Investigations on Bengal jail dietaries - Number 37
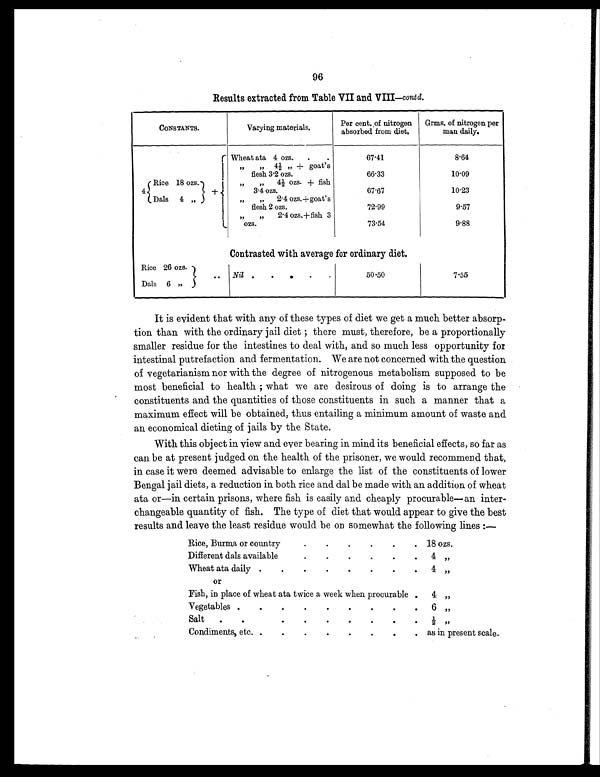
96
Results extracted from Table VII and VIII— contd.
CONSTANTS.
Varying materials.
Per cent. of nitrogen
absorbed from diet.
Grms. of nitrogen per
man daily.
4
+ Wheat ata 4 ozs.
.
.
67.41
8.64
„ „ 4 ½ „ + g o a t ' s
flesh 3.2 ozs.
66.33
10.09
Rice 18 ozs.
„ „ 4½ ozs. + fish
3.4 ozs.
67.67
10.23
Dals 4 „
„ „ 2.4 ozs.+goat's
flesh 2 ozs.
72.99
9.57
„ „ 2.4 ozs.+fish 3
ozs.
73.54
9.88
Contrasted with average for ordinary diet.
Rice 26 ozs.
.. Nil .
.
.
.
.
50.50
7.55
Dals 6 „
It is evident that with any of these types of diet we get a much better absorp-
tion than with the ordinary jail diet ; there must, therefore, be a proportionally
smaller residue for the intestines to deal with, and so much less opportunity for
intestinal putrefaction and fermentation. We are not concerned with the question
of vegetarianism nor with the degree of nitrogenous metabolism supposed to be
most beneficial to health ; what we are desirous of doing is to arrange the
constituents and the quantities of those constituents in such a manner that a
maximum effect will be obtained, thus entailing a minimum amount of waste and
an economical dieting of jails by the State.
With this object in view and ever bearing in mind its beneficial effects, so far as
can be at present judged on the health of the prisoner, we would recommend that,
in case it were deemed advisable to enlarge the list of the constituents of lower
Bengal jail diets, a reduction in both rice and dal be made with an addition of wheat
ata or—in certain prisons, where fish is easily and cheaply procurable—an inter-
changeable quantity of fish. The type of diet that would appear to give the best
results and leave the least residue would be on somewhat the following lines:—
Rice, Burma or country
.
.
.
.
. . 18 ozs.
Different dals available
.
.
.
.
. .
4 „
Wheat ata daily .
.
.
.
. .
4 „
or
Fish, in place of wheat ata twice a week when procurable .
4 „
Vegetables .
.
.
.
.
.
.
. .
6 „
Salt
.
.
.
.
.
.
.
. .
½ „
Condiments, etc. .
.
.
.
.
.
. . as in present scale.